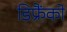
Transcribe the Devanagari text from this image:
डिफ्रैंको